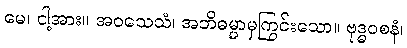
မေ၊ ငါ့အား။ အဝသေသံ၊ အဘိဓမ္မာမှကြွင်းသော။ ဗုဒ္ဓဝစနံ၊